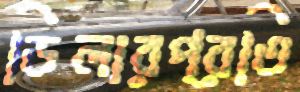
ডিলারপ্রতি